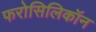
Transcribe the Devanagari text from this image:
फरोसिलिकॉन